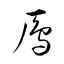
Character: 鳫